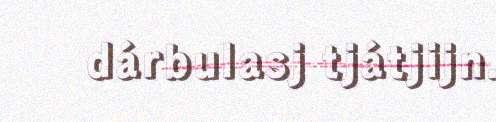
dárbulasj tjátjijn.